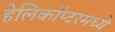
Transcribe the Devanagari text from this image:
हेलिकॉप्टरमध्ये